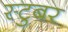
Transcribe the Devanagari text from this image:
स्टुबर